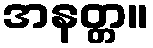
အနတ္တ။